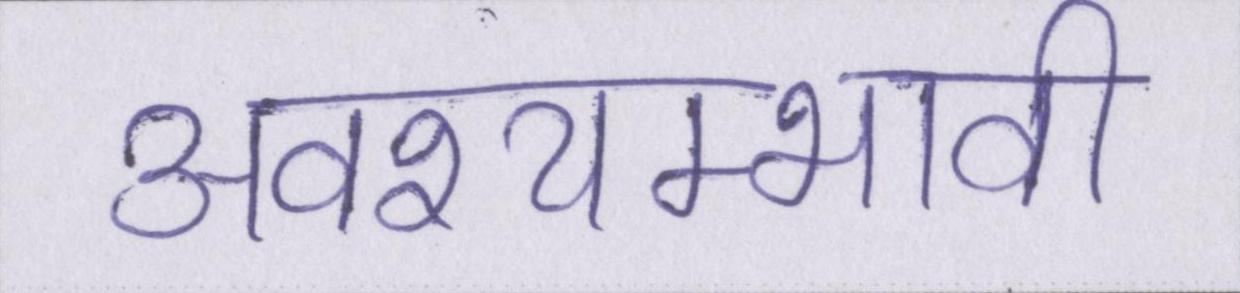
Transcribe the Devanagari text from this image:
अवश्यम्भावी